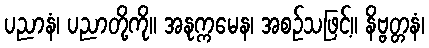
ပညာနံ၊ ပညာတို့ကို။ အနုက္ကမေန၊ အစဉ်သဖြင့်။ နိဗ္ဗတ္တနံ၊